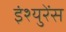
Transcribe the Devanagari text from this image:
इंश्युरेंस